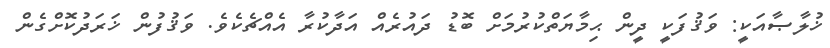
ޚުލާޞާއަކީ: ވަޤުފަކީ ދީން ޙިމާޔަތްކުރުމަށް ބޮޑު ދައުރެއް އަދާކުރާ އެއްޗެކެވެ. ވަޤުފުން ޚަރަދުކޮށްގެން